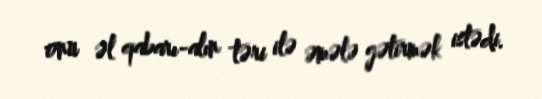
onu əl qabarı-alın təri ilə əmələ gətirmək istədi.